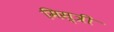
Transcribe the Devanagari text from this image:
मिस्‍त्री